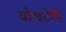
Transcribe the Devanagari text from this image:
वोखटेनि